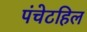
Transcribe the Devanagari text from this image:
पंचेटहिल